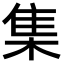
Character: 集